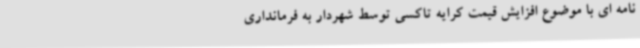
نامه ای با موضوع افزایش قیمت کرایه تاکسی توسط شهردار به فرمانداری